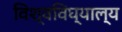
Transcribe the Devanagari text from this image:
विश्वविघ्याल्य